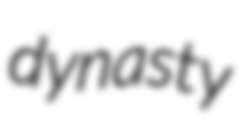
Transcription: dynasty